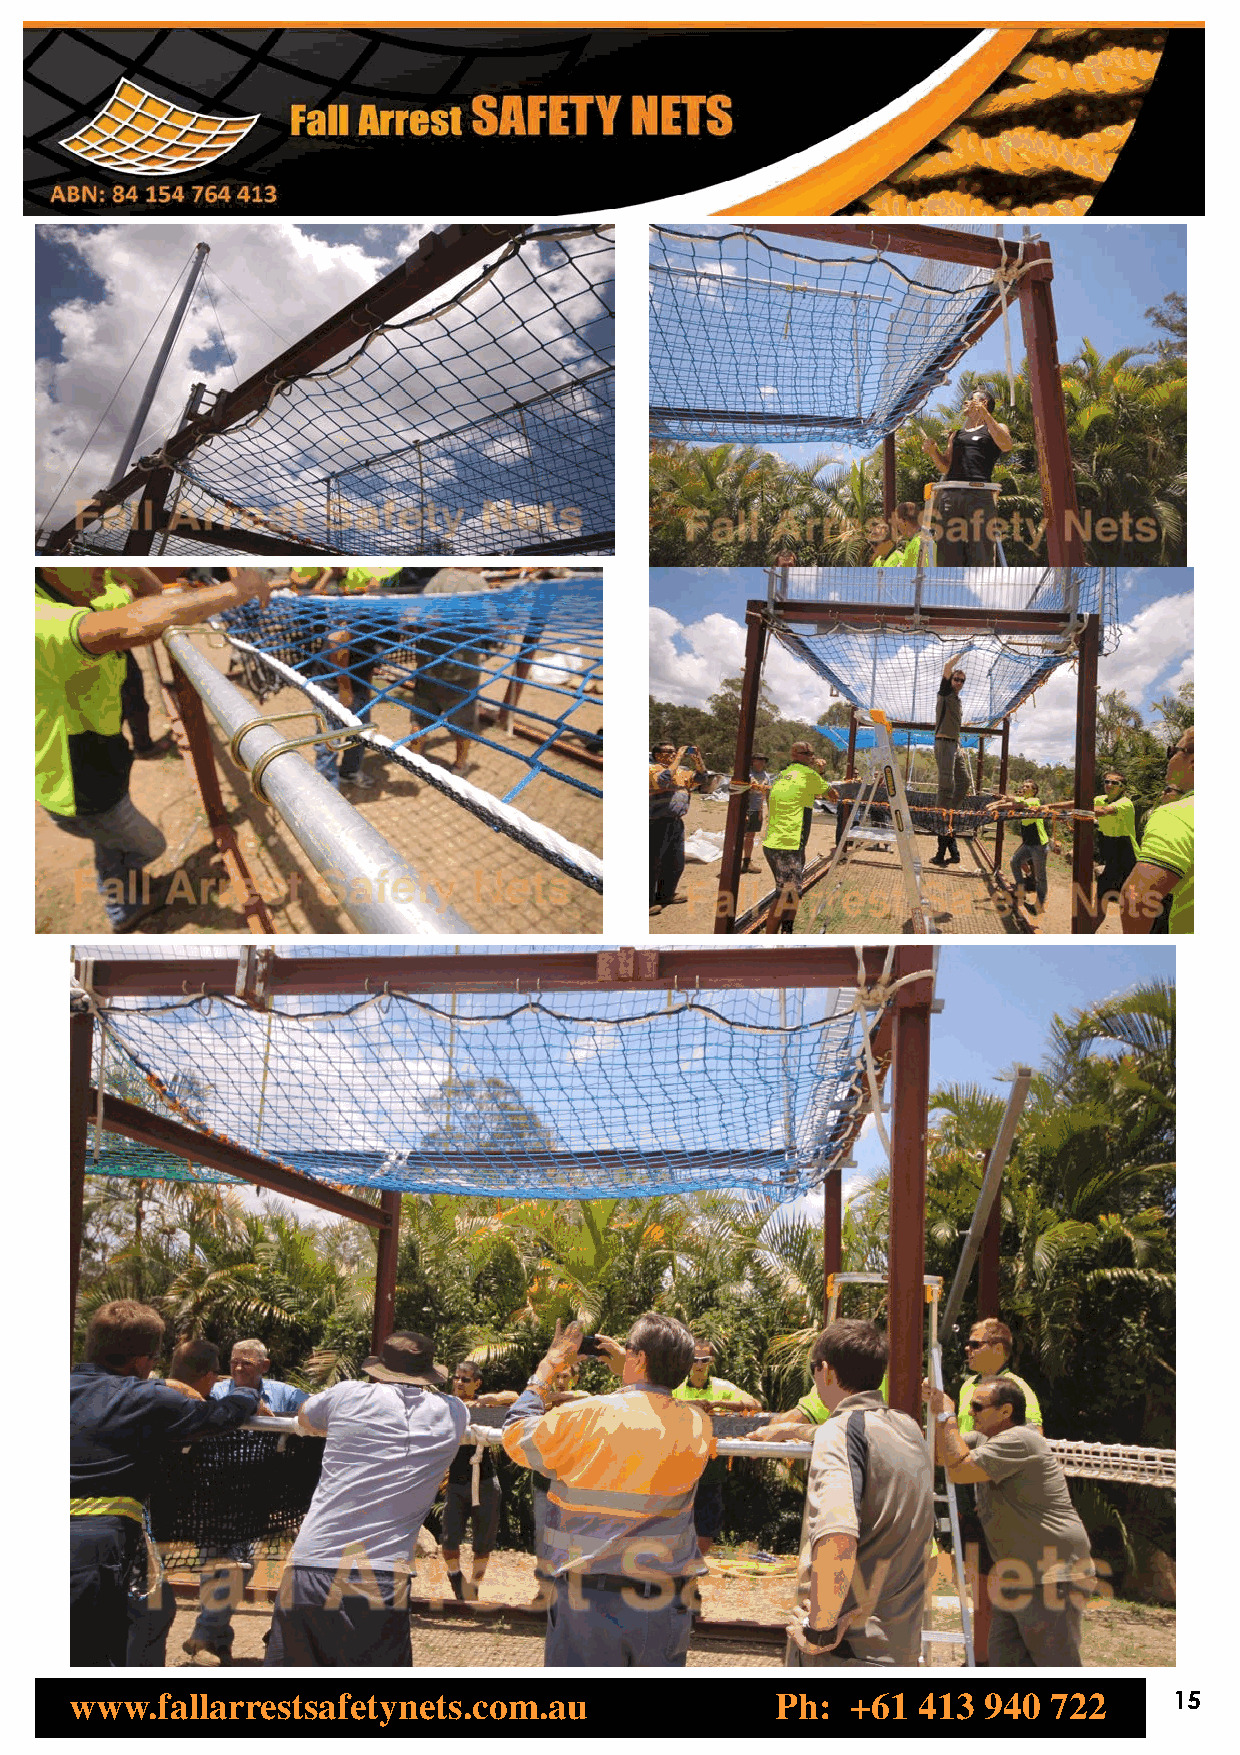
www.fallarrestsafetynets.com.au               Ph:  +61  413 940  722     15